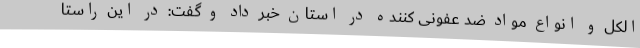
الکل و انواع مواد ضد عفونی کننده در استان خبر داد و گفت: در این راستا